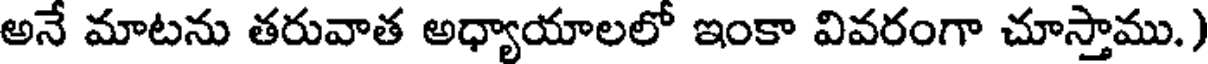
అనే మాటను తరువాత అధ్యాయాలలో ఇంకా వివరంగా చూస్తాము.)